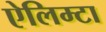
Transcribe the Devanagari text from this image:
ऐलिम्टा